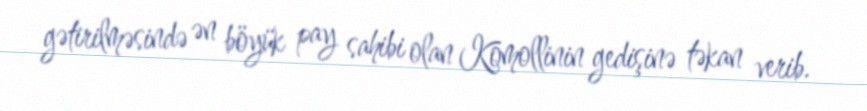
gətirilməsində ən böyük pay sahibi olan Komollinin gedişinə təkan verib.